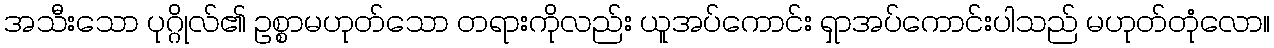
အသီးသော ပုဂ္ဂိုလ်၏ ဥစ္စာမဟုတ်သော တရားကိုလည်း ယူအပ်ကောင်း ရှာအပ်ကောင်းပါသည် မဟုတ်တုံလော။